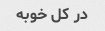
در کل خوبه